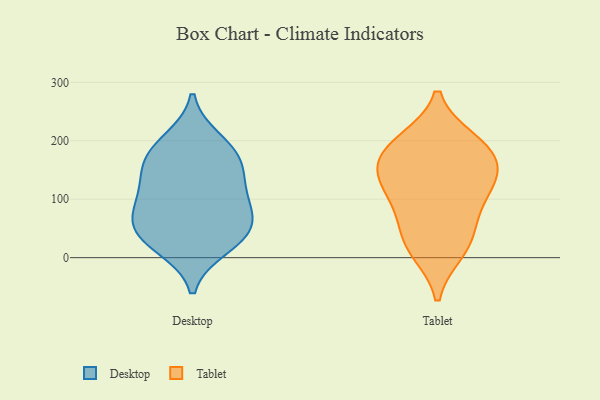
{"axis": {"x": "Headcount", "y": "Value"}, "legend": ["Desktop", "Tablet"], "data": [{"x": "", "y": 44, "type": "Desktop"}, {"x": "", "y": 161, "type": "Desktop"}, {"x": "", "y": 123, "type": "Desktop"}, {"x": "", "y": 19, "type": "Desktop"}, {"x": "", "y": 181, "type": "Desktop"}, {"x": "", "y": 31, "type": "Desktop"}, {"x": "", "y": 161, "type": "Desktop"}, {"x": "", "y": 62, "type": "Desktop"}, {"x": "", "y": 59, "type": "Desktop"}, {"x": "", "y": 106, "type": "Desktop"}, {"x": "", "y": 200, "type": "Desktop"}, {"x": "", "y": 92, "type": "Desktop"}, {"x": "", "y": 136, "type": "Tablet"}, {"x": "", "y": 155, "type": "Tablet"}, {"x": "", "y": 108, "type": "Tablet"}, {"x": "", "y": 20, "type": "Tablet"}, {"x": "", "y": 12, "type": "Tablet"}, {"x": "", "y": 199, "type": "Tablet"}, {"x": "", "y": 193, "type": "Tablet"}, {"x": "", "y": 46, "type": "Tablet"}, {"x": "", "y": 187, "type": "Tablet"}, {"x": "", "y": 159, "type": "Tablet"}, {"x": "", "y": 123, "type": "Tablet"}, {"x": "", "y": 79, "type": "Tablet"}]}